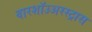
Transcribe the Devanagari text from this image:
वारशॉउअरस्ट्रास